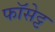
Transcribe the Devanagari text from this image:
फॉसेट्ट